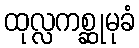
ထုလ္လကစ္ဆုမုခံ